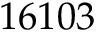
1 6 1 0 3